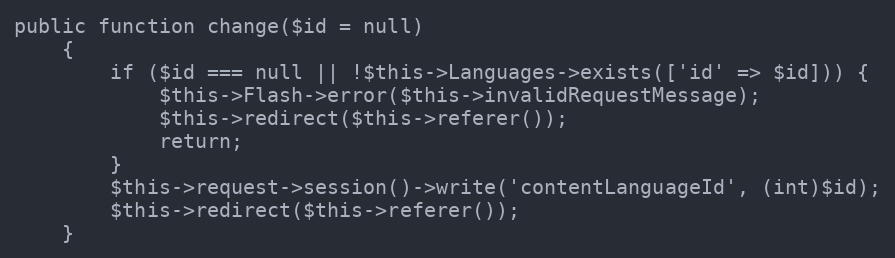
Language: PHP
public function change($id = null)
    {
        if ($id === null || !$this->Languages->exists(['id' => $id])) {
            $this->Flash->error($this->invalidRequestMessage);
            $this->redirect($this->referer());
            return;
        }
        $this->request->session()->write('contentLanguageId', (int)$id);
        $this->redirect($this->referer());
    }